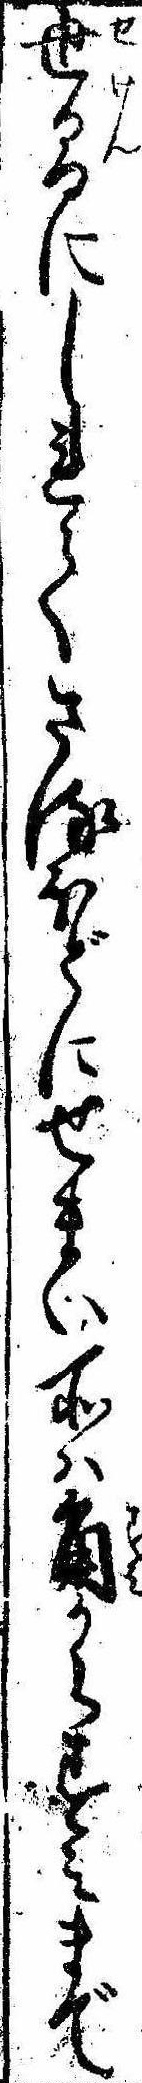
世間にしれてさるほどにせまい所は角からすみまで